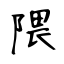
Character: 隈